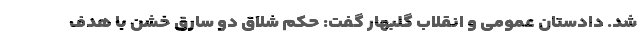
شد. دادستان عمومی و انقلاب گلبهار گفت: حکم شلاق دو سارق خشن با هدف